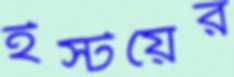
ইস্টয়ের